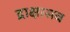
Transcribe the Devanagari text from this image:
द्राक्षासव